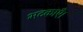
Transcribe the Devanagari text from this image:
भटकाएँ।